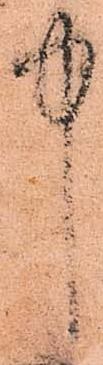
中